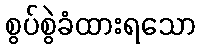
စွပ်စွဲခံထားရသော